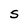
Character: 5